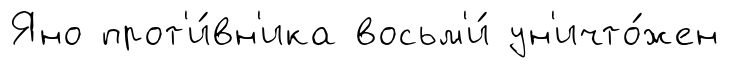
Яно прот'и́вн'ика восьм'и́ ун'ичто́жен